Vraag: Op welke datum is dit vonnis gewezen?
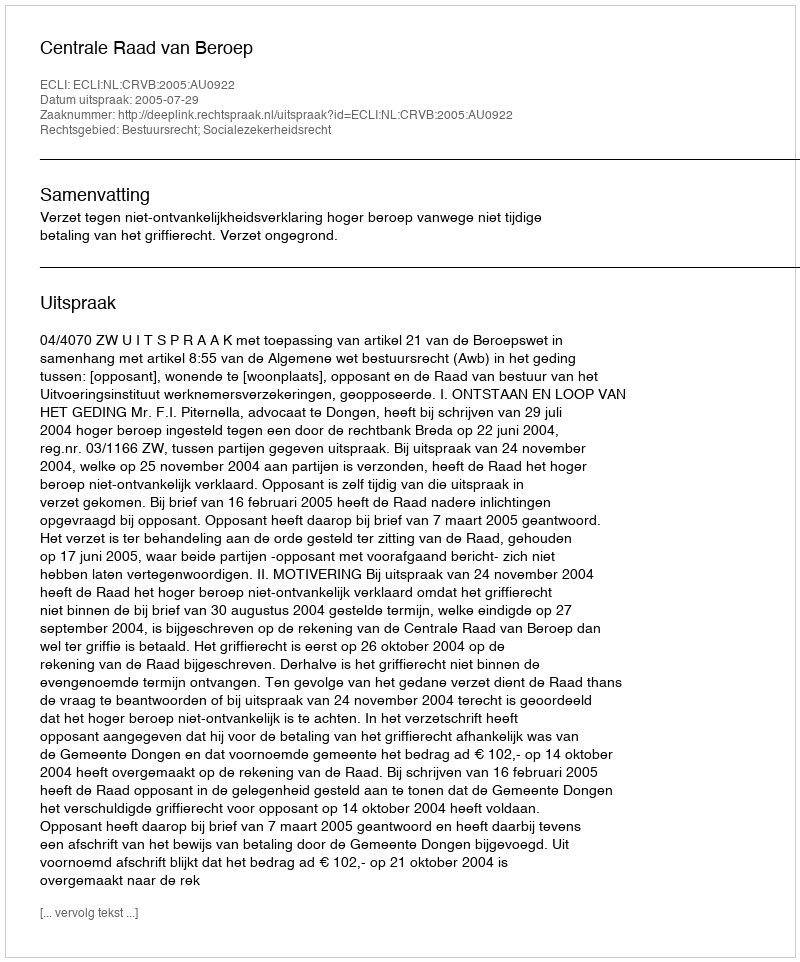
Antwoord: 2005-07-29